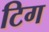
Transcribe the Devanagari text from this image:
टिग